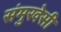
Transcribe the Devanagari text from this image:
संमुखेसी